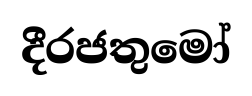
දීරජතුමෝ